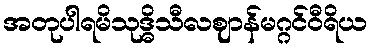
အတုပါရမိသုဒ္ဓိသီလဈာန်မဂ္ဂင်ဝီရိယ